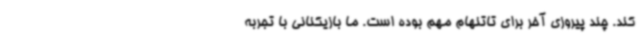
کند. چند پیروزی آخر برای تاتنهام مهم بوده است. ما بازیکنانی با تجربه